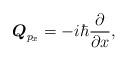
LaTeX: \begin{align*}\boldsymbol{Q}_{p_{x}}=-i\hbar \frac{\partial }{\partial x}, \end{align*}